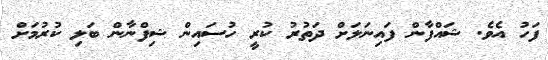
ފަހު އެވެ. ޝައްފާން ފައިނަލަށް ދަތުރު ކުރީ ހުސައިން ޝިފްނާން ބަލި ކުރުމަށް